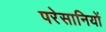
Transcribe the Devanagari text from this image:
परेसानियों